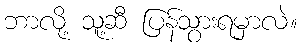
ဘာလို့ သူ့ဆီ ပြန်သွားရမှာလဲ။